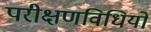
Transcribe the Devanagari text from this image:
परीक्षणविधियों